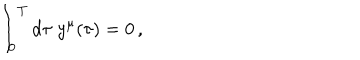
LaTeX: \int _ { 0 } ^ { T } \mathrm { d } \tau \; y ^ { \mu } ( \tau ) = 0 \, ,